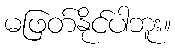
မဖြတ်နိုင်ပါဘူး။